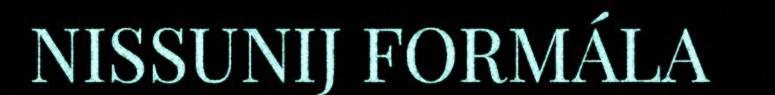
NISSUNIJ FORMÁLA